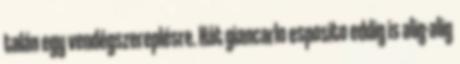
talán egy vendégszereplésre. Hát giancarlo esposito eddig is alig-alig